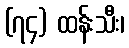
(၇၄) ထန်းသီး၊